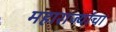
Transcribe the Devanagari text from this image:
महाराज्यांचा